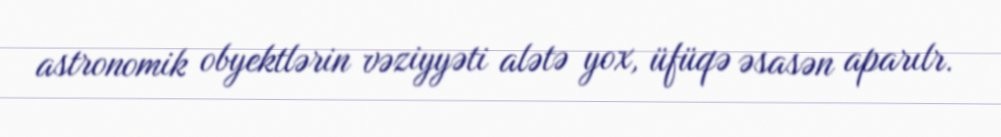
astronomik obyektlərin vəziyyəti alətə yox, üfüqə əsasən aparılr.